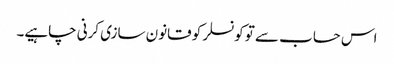
اس حساب سے تو کونسلر کو قانون سازی کرنی چاہیے۔